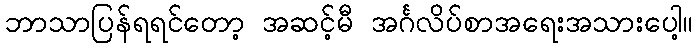
ဘာသာပြန်ရရင်တော့ အဆင့်မီ အင်္ဂလိပ်စာအရေးအသားပေါ့။